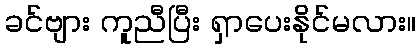
ခင်ဗျား ကူညီပြီး ရှာပေးနိုင်မလား။